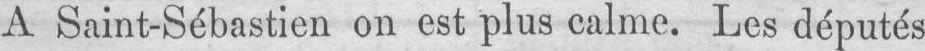
A Saint-Sébastien on est plus calme. Les députés